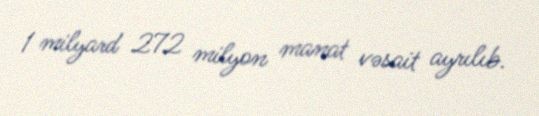
1 milyard 272 milyon manat vəsait ayrılıb.